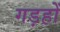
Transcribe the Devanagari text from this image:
गड़हों